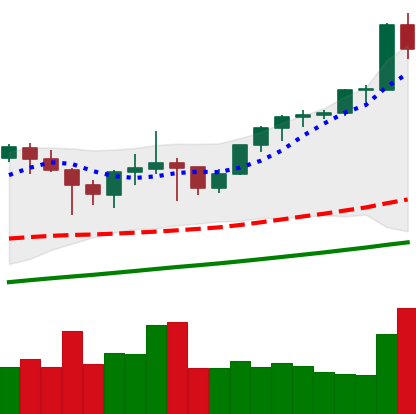
Ticker: ETH-USD
Chart end date: 2021-05-04
Forward return: 20.753%
Label: up_7plus